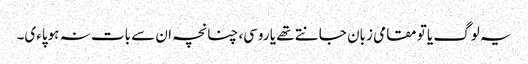
یہ لوگ یا تو مقامی زبان جانتے تھے یا روسی، چنانچہ ان سے بات نہ ہوپاءی۔